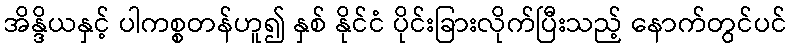
အိန္ဒိယနှင့် ပါကစ္စတန်ဟူ၍ နှစ် နိုင်ငံ ပိုင်းခြားလိုက်ပြီးသည့် နောက်တွင်ပင်